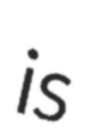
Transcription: is